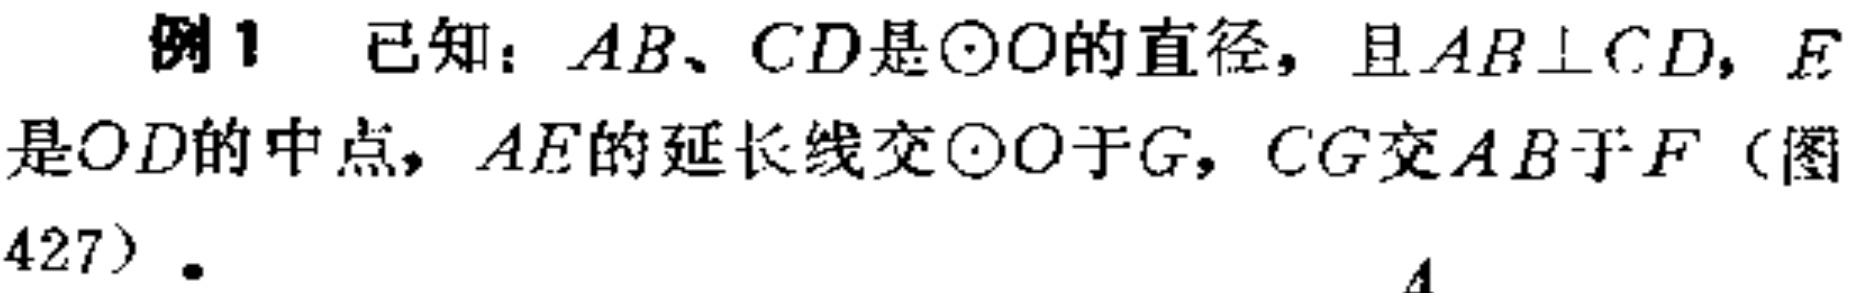
例1 已知：$AB、CD$是$\odot O$的直径，且$AB\perp CD$，$E$是$OD$的中点，$AE$的延长线交$\odot O$于$G$，$CG$交$AB$于$F$（图427）.